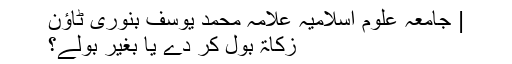
| جامعہ علوم اسلامیہ علامہ محمد یوسف بنوری ٹاؤن
زکاۃ بول کر دے یا بغیر بولے؟